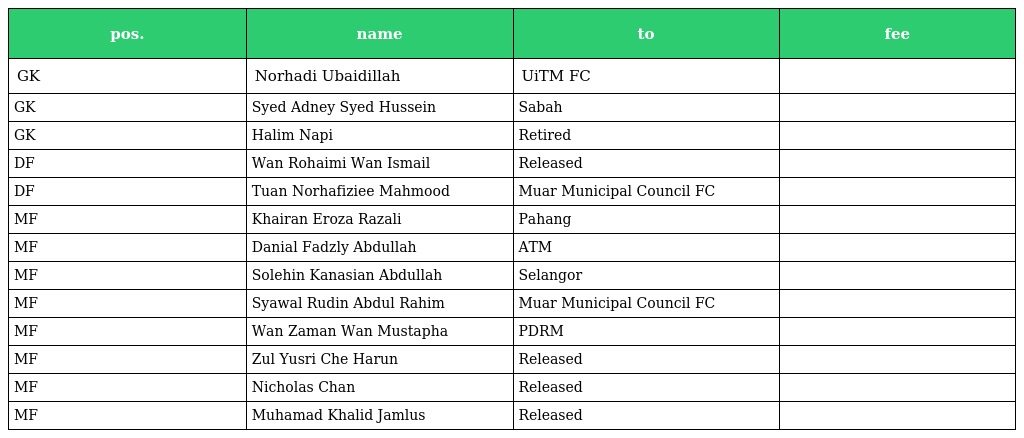
| pos. | name | to | fee |
 | --- | --- | --- | --- |
 | GK | Norhadi Ubaidillah | UiTM FC |  |
 | GK | Syed Adney Syed Hussein | Sabah |  |
 | GK | Halim Napi | Retired |  |
 | DF | Wan Rohaimi Wan Ismail | Released |  |
 | DF | Tuan Norhafiziee Mahmood | Muar Municipal Council FC |  |
 | MF | Khairan Eroza Razali | Pahang |  |
 | MF | Danial Fadzly Abdullah | ATM |  |
 | MF | Solehin Kanasian Abdullah | Selangor |  |
 | MF | Syawal Rudin Abdul Rahim | Muar Municipal Council FC |  |
 | MF | Wan Zaman Wan Mustapha | PDRM |  |
 | MF | Zul Yusri Che Harun | Released |  |
 | MF | Nicholas Chan | Released |  |
 | MF | Muhamad Khalid Jamlus | Released |  |